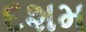
દશમ